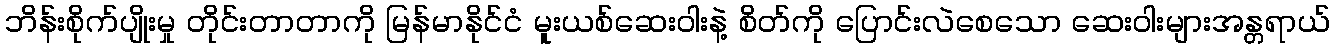
ဘိန်းစိုက်ပျိုးမှု တိုင်းတာတာကို မြန်မာနိုင်ငံ မူးယစ်ဆေးဝါးနဲ့ စိတ်ကို ပြောင်းလဲစေသော ဆေးဝါးများအန္တရာယ်